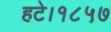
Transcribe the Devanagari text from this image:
हटे।१८५७